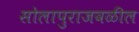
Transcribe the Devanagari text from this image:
सोलापुराजवळील